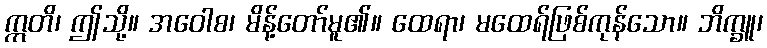
ဣတိ၊ ဤသို့။ အဝေါစ၊ မိန့်တော်မူ၏။ ထေရာ၊ မထေရ်ဖြစ်ကုန်သော။ ဘိက္ခူ၊